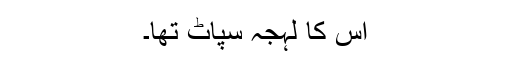
اس کا لہجہ سپاٹ تھا۔